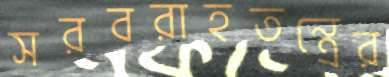
সরবরাহতন্ত্রের